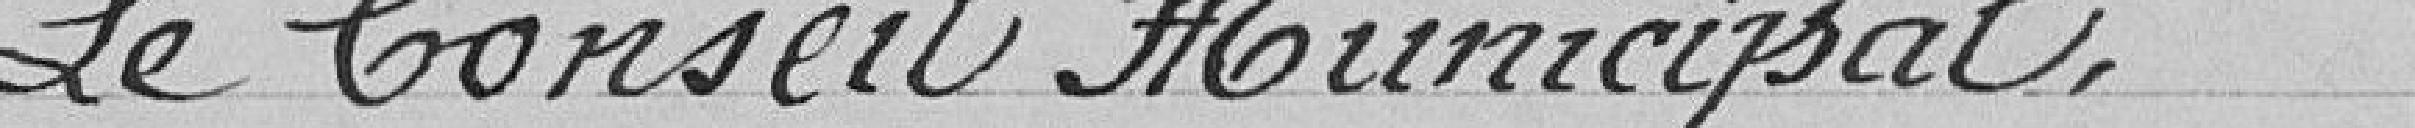
Le Conseil Municipal,